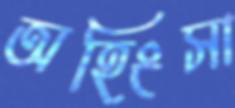
অহিংসা